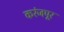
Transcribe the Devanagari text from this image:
करंजपूर